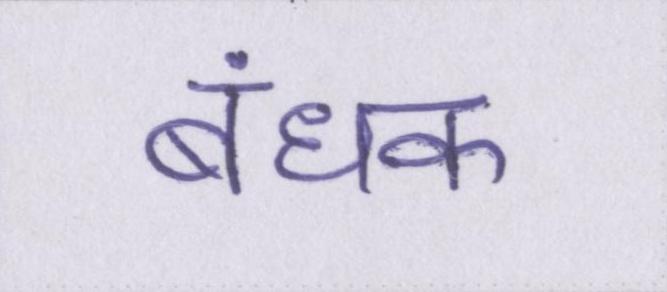
बंधक